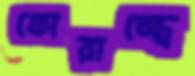
ফোরাচ্ছে